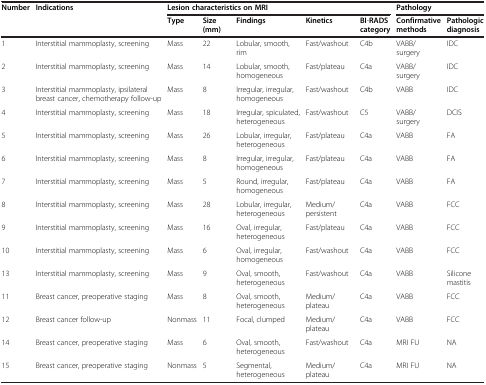
<table><thead><tr><td><b>Number</b></td><td><b>Indications</b></td><td colspan="5"><b>Lesion characteristics on MRI</b></td><td colspan="2"><b>Pathology</b></td></tr><tr><td><b> </b></td><td><b> </b></td><td><b>Type</b></td><td><b>Size (mm)</b></td><td><b>Findings</b></td><td><b>Kinetics</b></td><td><b>BI-RADS category</b></td><td><b>Confirmative methods</b></td><td><b>Pathologic diagnosis</b></td></tr></thead><tbody><tr><td>1</td><td>Interstitial mammoplasty, screening</td><td>Mass</td><td>22</td><td>Lobular, smooth, rim</td><td>Fast/washout</td><td>C4b</td><td>VABB/ surgery</td><td>IDC</td></tr><tr><td>2</td><td>Interstitial mammoplasty, screening</td><td>Mass</td><td>14</td><td>Lobular, smooth, homogeneous</td><td>Fast/plateau</td><td>C4a</td><td>VABB/ surgery</td><td>IDC</td></tr><tr><td>3</td><td>Interstitial mammoplasty, ipsilateral breast cancer, chemotherapy follow-up</td><td>Mass</td><td>8</td><td>Irregular, irregular, homogeneous</td><td>Fast/washout</td><td>C4b</td><td>VABB</td><td>IDC</td></tr><tr><td>4</td><td>Interstitial mammoplasty, screening</td><td>Mass</td><td>18</td><td>Irregular, spiculated, heterogeneous</td><td>Fast/washout</td><td>C5</td><td>VABB/ surgery</td><td>DCIS</td></tr><tr><td>5</td><td>Interstitial mammoplasty, screening</td><td>Mass</td><td>26</td><td>Lobular, irregular, heterogeneous</td><td>Fast/plateau</td><td>C4a</td><td>VABB</td><td>FA</td></tr><tr><td>6</td><td>Interstitial mammoplasty, screening</td><td>Mass</td><td>8</td><td>Irregular, irregular, homogeneous</td><td>Fast/plateau</td><td>C4a</td><td>VABB</td><td>FA</td></tr><tr><td>7</td><td>Interstitial mammoplasty, screening</td><td>Mass</td><td>5</td><td>Round, irregular, homogeneous</td><td>Fast/plateau</td><td>C4a</td><td>VABB</td><td>FA</td></tr><tr><td>8</td><td>Interstitial mammoplasty, screening</td><td>Mass</td><td>28</td><td>Lobular, irregular, heterogeneous</td><td>Medium/persistent</td><td>C4a</td><td>VABB</td><td>FCC</td></tr><tr><td>9</td><td>Interstitial mammoplasty, screening</td><td>Mass</td><td>16</td><td>Oval, irregular, heterogeneous</td><td>Fast/plateau</td><td>C4a</td><td>VABB</td><td>FCC</td></tr><tr><td>10</td><td>Interstitial mammoplasty, screening</td><td>Mass</td><td>6</td><td>Oval, irregular, homogeneous</td><td>Fast/washout</td><td>C4a</td><td>VABB</td><td>FCC</td></tr><tr><td>13</td><td>Interstitial mammoplasty, screening</td><td>Mass</td><td>9</td><td>Oval, smooth, heterogeneous</td><td>Fast/washout</td><td>C4a</td><td>VABB</td><td>Silicone mastitis</td></tr><tr><td>11</td><td>Breast cancer, preoperative staging</td><td>Mass</td><td>8</td><td>Oval, smooth, heterogeneous</td><td>Medium/plateau</td><td>C4a</td><td>VABB</td><td>FCC</td></tr><tr><td>12</td><td>Breast cancer follow-up</td><td>Nonmass</td><td>11</td><td>Focal, clumped</td><td>Medium/plateau</td><td>C4a</td><td>VABB</td><td>FCC</td></tr><tr><td>14</td><td>Breast cancer, preoperative staging</td><td>Mass</td><td>6</td><td>Oval, smooth, heterogeneous</td><td>Fast/washout</td><td>C4a</td><td>MRI FU</td><td>NA</td></tr><tr><td>15</td><td>Breast cancer, preoperative staging</td><td>Nonmass</td><td>5</td><td>Segmental, heterogeneous</td><td>Medium/plateau</td><td>C4a</td><td>MRI FU</td><td>NA</td></tr></tbody></table>